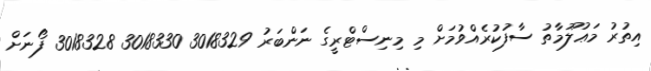
އިތުރު މަޢުލޫމާތު ސާފުކުރެއްވުމަށް މި މިނިސްޓްރީގެ ނަންބަރު 3018329 3018330 3018328 ފޯނަށް